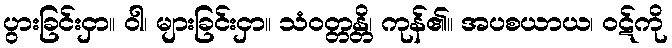
ပွားခြင်းငှာ။ ဝါ၊ များခြင်းငှာ။ သံဝတ္တန္တိ၊ ကုန်၏။ အပစယာယ၊ ဝဋ်ကို